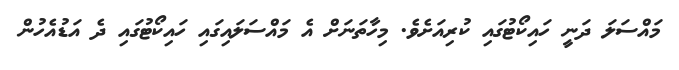
މައްސަލަ ދަނީ ހައިކޯޓުގައި ކުރިއަށެވެ. މިހާތަނަށް އެ މައްސަލައިގައި ހައިކޯޓުގައި ދެ އަޑުއެހުން